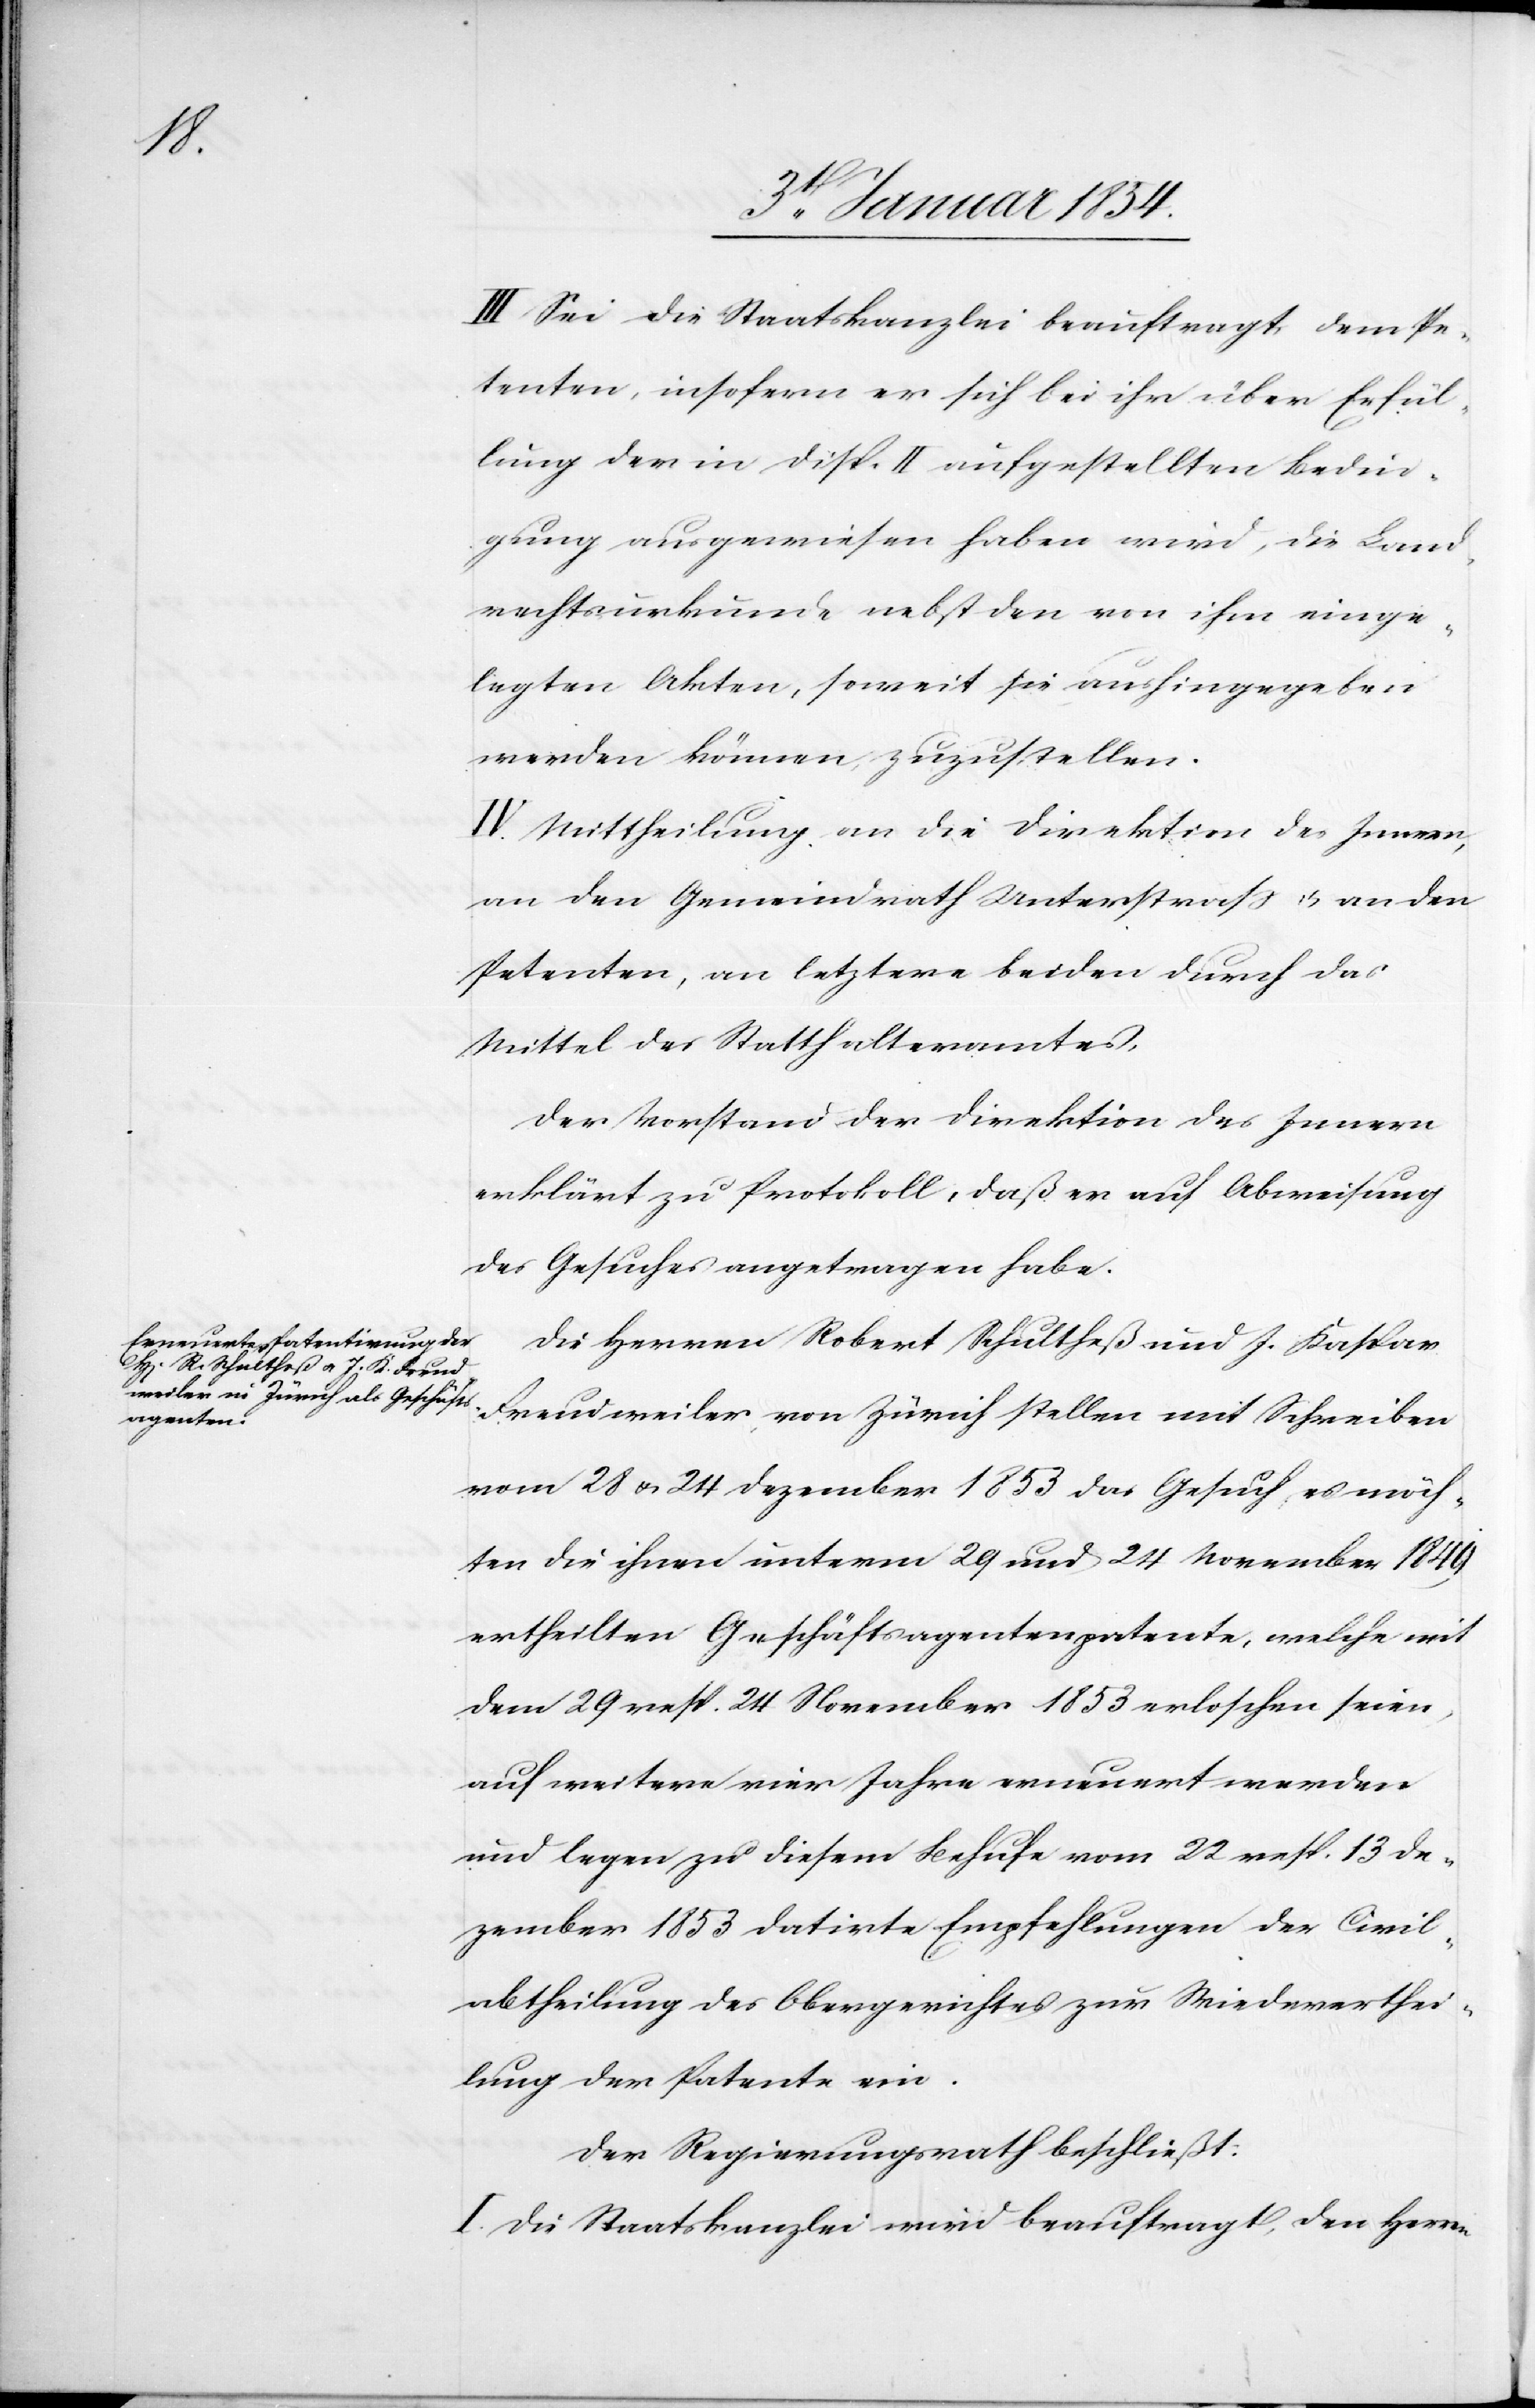
III. Sei die Staatskanzlei beauftragt, dem Pe¬
tenten, insofern er sich bei ihr über Erfül¬
lung der in Disp. II aufgestellten Bedin¬
gung ausgewiesen haben wird, die Land¬
rechtsurkunde nebst den von ihm einge¬
legten Akten, soweit sie aushingegeben
werden können, zuzustellen.
IV. Mittheilung an die Direktion des Innern,
an den Gemeindrath Unterstraß u. an den
Petenten, an letztere beiden durch das
Mittel des Statthalteramtes.
Der Vorstand der Direktion des Innern
erklärt zu Protokoll, daß er auf Abweisung
des Gesuches angetragen habe.
Die Herren Robert Schultheß und J. Kaspar
Freudweiler, von Zürich stellen mit Schreiben
vom 28 u. 24 Dezember 1853 das Gesuch, es möch¬
ten die ihnen unterm 29 und 24 November 1849
ertheilten Geschäftsagentenpatente, welche mit
dem 29 resp. 24 November 1853 erloschen seien,
auf weitere vier Jahre erneuert werden
und legen zu diesem Behufe vom 22 resp. 13 De¬
zember 1853 datirte Empfehlungen der Civil¬
abtheilung des Obergerichtes zur Wiedererthei¬
lung der Patente ein.
Der Regierungsrath beschließt:
I. Die Staatskanzlei wird beauftragt, den Herren